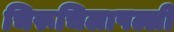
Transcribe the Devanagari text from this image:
चिरूचिलापल्ली